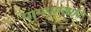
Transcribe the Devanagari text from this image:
पापपुण्यादि